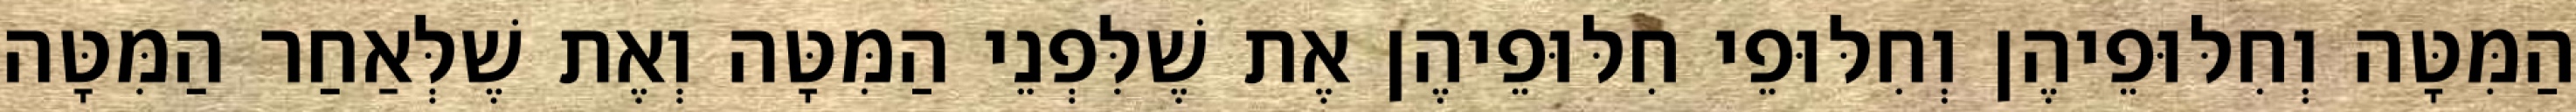
הַמִּטָּה וְחִלּוּפֵיהֶן וְחִלּוּפֵי חִלּוּפֵיהֶן אֶת שֶׁלִּפְנֵי הַמִּטָּה וְאֶת שֶׁלְּאַחַר הַמִּטָּה